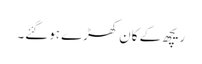
ریچھ کے کان کھڑے ہوگئے۔